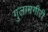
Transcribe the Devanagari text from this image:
गुलामगीरी